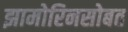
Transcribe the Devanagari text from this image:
झामोरिनसोबत